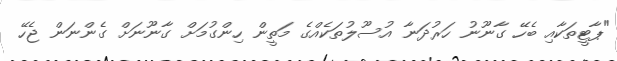
"ޕާޓީތަކާއި ބެހޭ ގާނޫނު ހަރުދަނާ އުސޫލުތަކެއްގެ މަތީން ހިންގުމަށް ގާނޫނަށް ގެންނަން ޖެހޭ